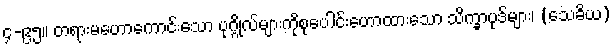
၄-၉၅။ တရားမဟောကောင်းသော ပုဂ္ဂိုလ်များကိုစုပေါင်းဟောထားသော သိက္ခာပုဒ်များ၊ (သေခိယ)